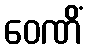
ဝေဏိံ